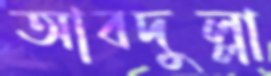
আবদুল্লা